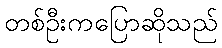
တစ်ဦးကပြောဆိုသည်